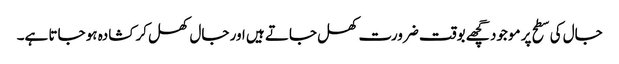
جال کی سطح پر موجود گچھے بوقت ضرورت کھل جاتے ہیں اور جال کھل کر کشادہ ہو جاتا ہے۔